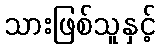
သားဖြစ်သူနှင့်